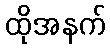
ထိုအနက်